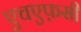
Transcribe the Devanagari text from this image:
एचएफ़सी